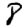
Digit: 8